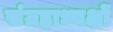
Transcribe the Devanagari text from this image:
संग्रहाध्यक्षों